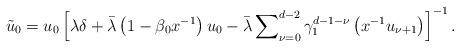
LaTeX: \begin{align*}\tilde{u}_{0}=u_{0}\left[ \lambda \delta +\bar{\lambda}\left( 1-\beta_{0}x^{-1}\right) u_{0}-\bar{\lambda}\sum\nolimits_{\nu =0}^{d-2}\gamma_{1}^{d-1-\nu}\left( x^{-1}u_{\nu +1}\right) \right] ^{-1}. \end{align*}